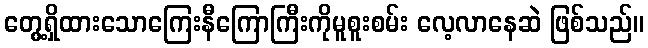
တွေ့ရှိထားသောကြေးနီကြောကြီးကိုမူစူးစမ်း လေ့လာနေဆဲ ဖြစ်သည်။